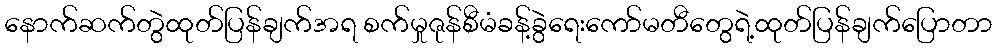
နောက်ဆက်တွဲထုတ်ပြန်ချက်အရ စက်မှုဇုန်စီမံခန့်ခွဲရေးကော်မတီတွေရဲ့ထုတ်ပြန်ချက်ပြောတာ